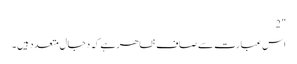
" 2
اس عبارت سے صاف ظاھر ہے کہ دجال متعدد ہیں ۔